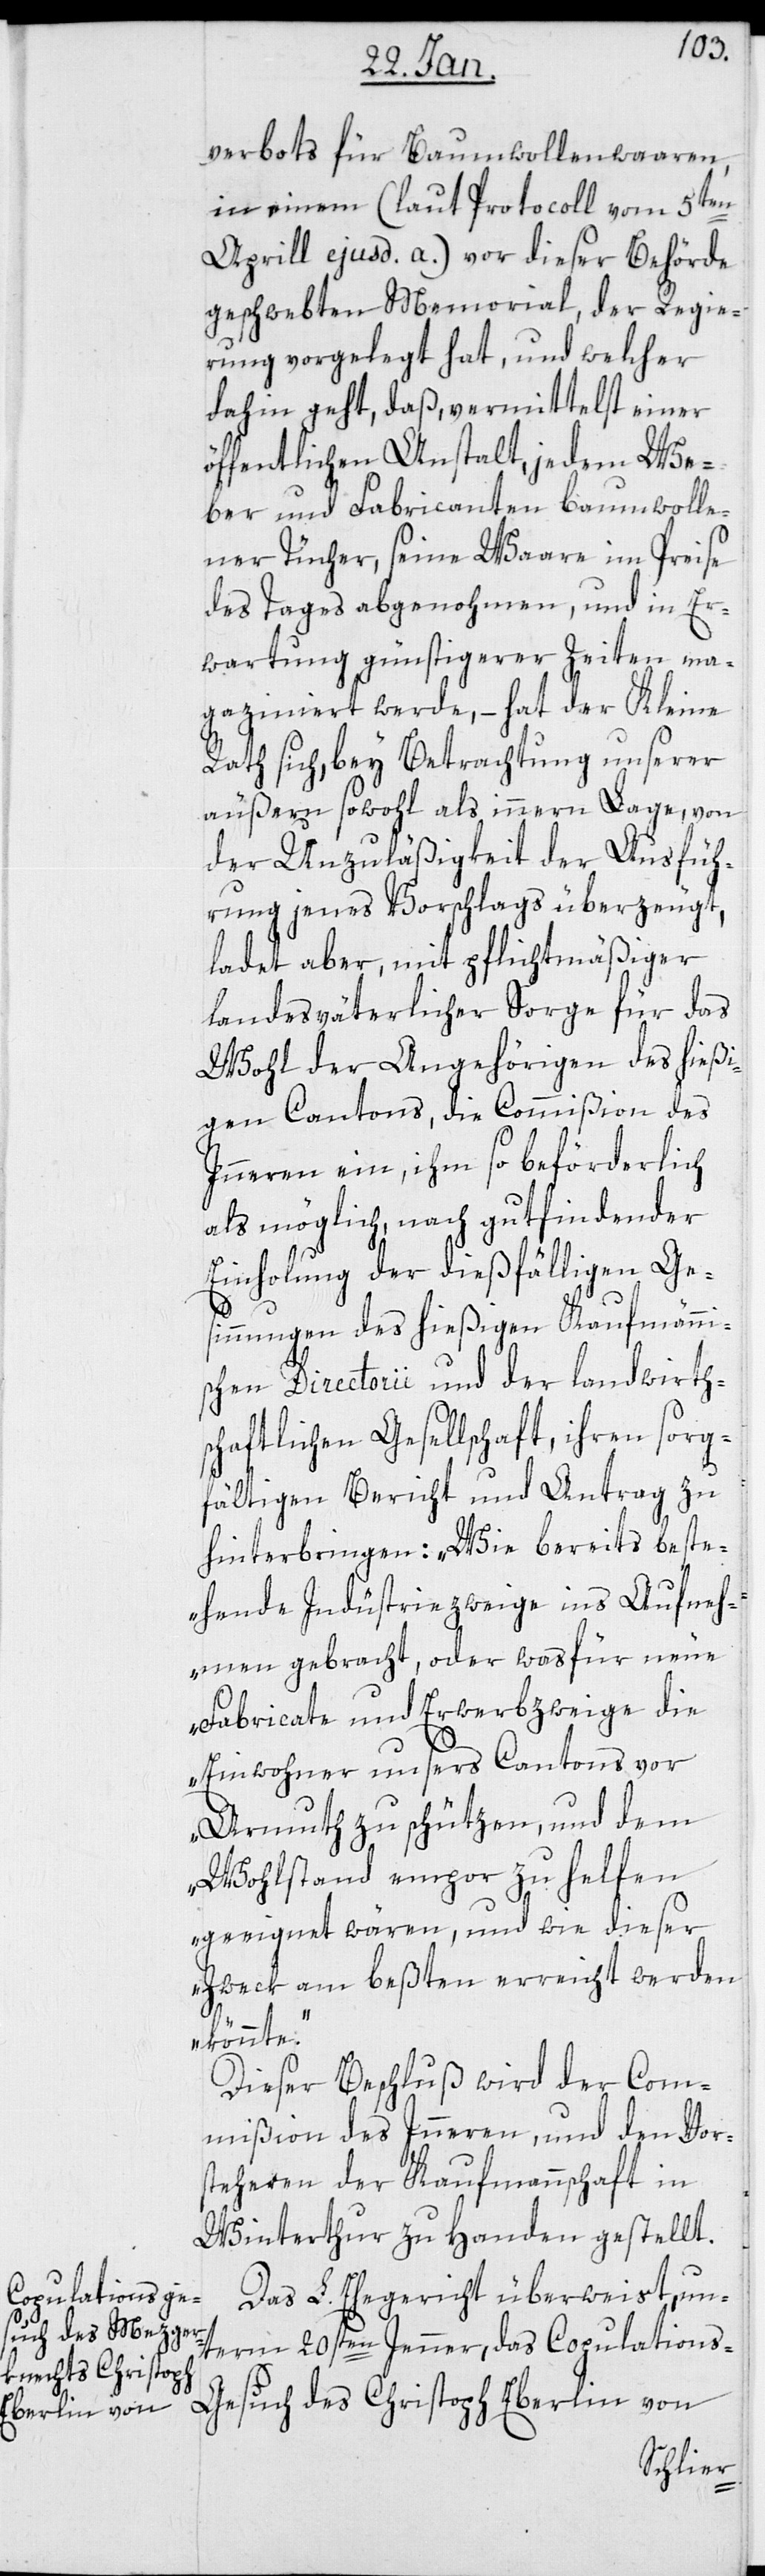
verbots für Baumwollenwaren,
in einem (laut Protocoll vom 5ten
April ejusd. a.) vor dieser Behörde
geschwebten Memorial, der Regie¬
rung vorgelegt hat, und welcher
dahin geht, daß vermittelst einer
öffentlichen Anstalt, jedem We¬
ber und Fabricanten baumwolle¬
ner Tücher, seine Waare im Preise
des Tages abgenohmen, und in Er¬
wartung günstigerer Zeiten ma¬
gaziniert werde, – hat der Kleine
Rath sich, bey Betrachtung unserer
äußern sowohl als innern Lage, von
der Unzuläßigkeit der Ausfüh¬
rung jenes Vorschlags überzeugt,
ladet aber, mit pflichtmäßiger
landesväterlicher Sorge für das
Wohl der Angehörigen des hießi¬
gen Cantons, die Commißion des
Innern ein, ihm so beförderlich
als möglich, nach gut findender
Einholung der dießfälligen Ge¬
sinnungen des hießigen Kaufmänni¬
schen Directorii und der landwirth¬
schaftlichen Gesellschaft, ihren sorg¬
fältigen Bericht und Antrag zu
hinterbringen: „Wie bereits beste¬
hende Indüstriezweige ins Aufneh¬
men gebracht, oder was für neue
Fabricate und Erwerbzweige die
Einwohner unsers Cantons vor
Armuth zu schützen, und dem
Wohlstand empor zu helfen
geeignet wären, und wie dieser
Zweck am beßten erreicht werden
könnte“.
Dieser Beschluß wird der Com¬
mißion des Innern und den Vor¬
steheren der Kaufmannschaft in
Winterthur zu Handen gestellt.
Das L. Ehegericht überweist un¬
term 20sten Jenner das Copulations-G¬
esuch des Christoph